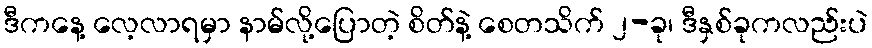
ဒီကနေ့ လေ့လာရမှာ နာမ်လို့ပြောတဲ့ စိတ်နဲ့ စေတသိက် ၂-ခု၊ ဒီနှစ်ခုကလည်းပဲ